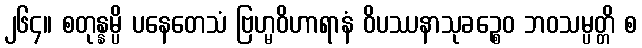
၂၆၄။ စတုန္နမ္ပိ ပနေတေသံ ဗြဟ္မဝိဟာရာနံ ဝိပဿနာသုခဉ္စေဝ ဘဝသမ္ပတ္တိ စ